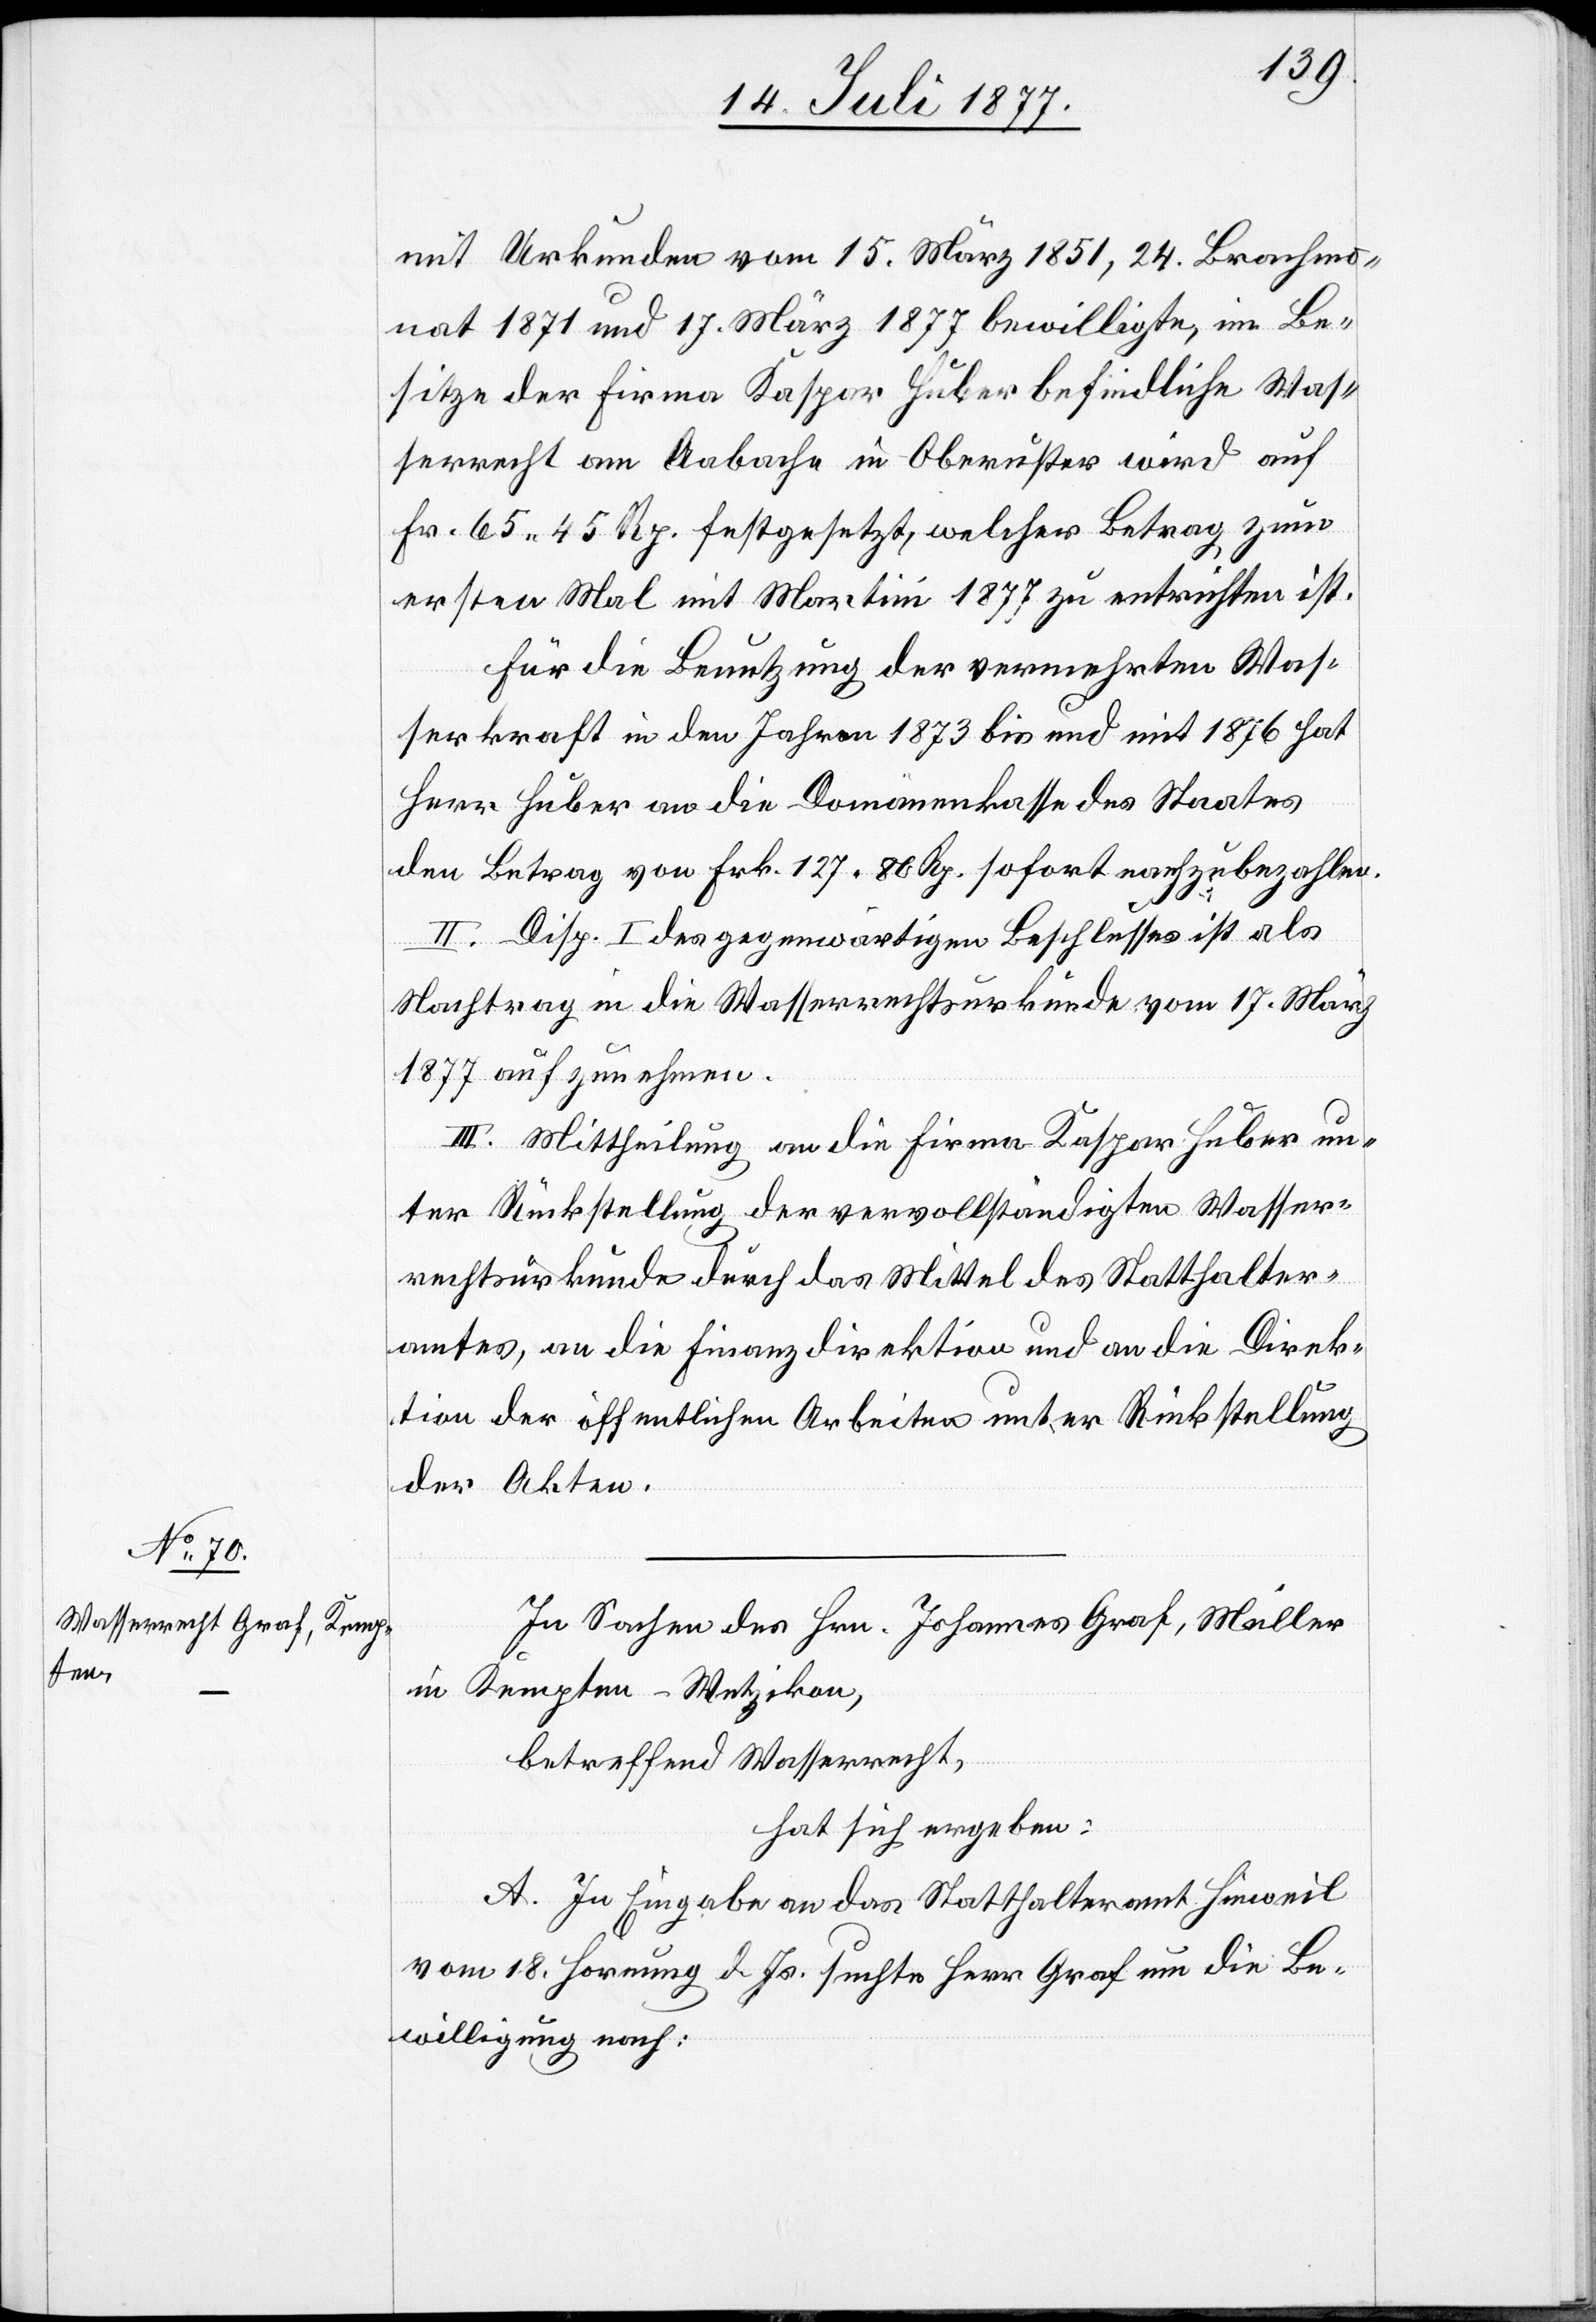
mit Urkunden vom 15. März 1851, 24. Brachmo¬
nat 1871 und 17. März 1877 bewilligte, im Be¬
sitze der Firma Kaspar Huber befindliche Was¬
serrecht am Aabache in Oberuster wird auf
Fr. 65 45 Rp. festgesetzt, welcher Betrag zum
ersten Mal mit Martini 1877 zu entrichten ist.
Für die Benutzung der vermehrten Was¬
serkraft in den Jahren 1873 bis und mit 1876 hat
Herr Huber an die Domänenkasse des Staates
den Betrag von Frk. 127 80 Rp. sofort nachzubezahlen.
II. Disp. I des gegenwärtigen Beschlusses ist als
Nachtrag in die Wasserrechtsurkunde vom 17. März
1877 aufzunehmen.
III. Mittheilung an die Firma Kaspar Huber un¬
ter Rückstellung der vervollständigten Wasser¬
rechtsurkunde durch das Mittel des Statthalter¬
amtes, an die Finanzdirektion und an die Direk¬
tion der öffentlichen Arbeiten unter Rückstellung
der Akten.
In Sachen des Hrn. Johannes Graf, Müller
in Kempten - Wetzikon,
betreffend Wasserrecht,
hat sich ergeben:
A. In Eingabe an das Statthalteramt Hinweil
vom 18. Hornung d. Js. suchte Herr Graf um die Be¬
willigung nach: